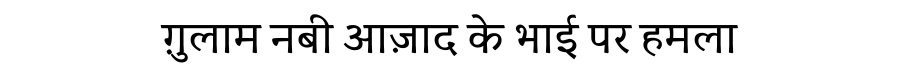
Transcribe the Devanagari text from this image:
ग़ुलाम नबी आज़ाद के भाई पर हमला